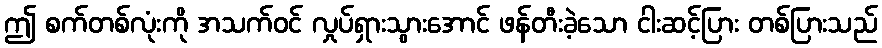
ဤ စက်တစ်လုံးကို အသက်ဝင် လှုပ်ရှားသွားအောင် ဖန်တီးခဲ့သော ငါးဆင့်ပြား တစ်ပြားသည်